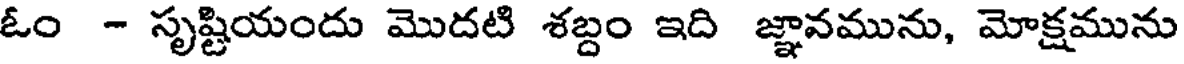
ఓం - సృష్టియందు మొదటి శబ్దం ఇది జ్ఞానమును, మోక్షమును